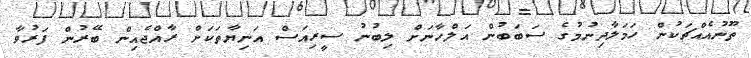
ތޫނުއެއްޗަކުން ހަމަލާދިނުމުގެ ސަބަބުން އަލްހާނަށް ލިބުނު ސީރިއަސް އަނިޔާތަކަށް ރާއްޖެއިން ބޭރުން ފަރުވާ